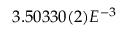
3 . 5 0 3 3 0 ( 2 ) E ^ { - 3 }